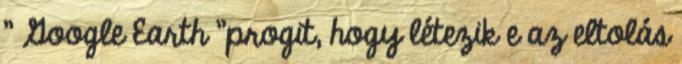
" Google Earth "progit, hogy létezik e az eltolás